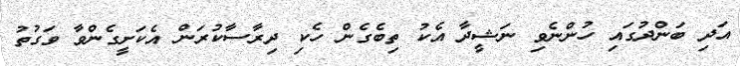
އަދި ބަންދުގައި ހުންނެވި ނަޝީދާ އެކު ތިބެގެން ހެކި ދިރާސާކުރަން އެކަށީގެންވާ ވަގުތު